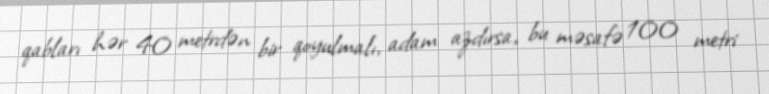
qabları hər 40 metrdən bir qoyulmalı, adam azdırsa, bu məsafə 100 metri